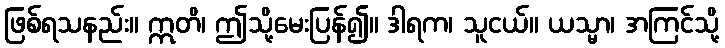
ဖြစ်ရသနည်း။ ဣတိ၊ ဤသို့မေးပြန်၍။ ဒါရက၊ သူငယ်။ ယသ္မာ၊ အကြင်သို့